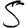
Digit: 5